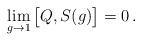
LaTeX: \begin{align*}\lim_{g \to 1}\big[ Q, S(g)\big]=0 \, .\end{align*}